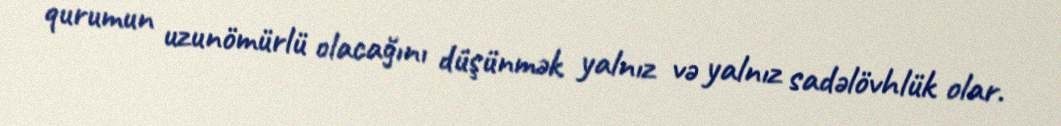
qurumun uzunömürlü olacağını düşünmək yalnız və yalnız sadəlövhlük olar.